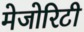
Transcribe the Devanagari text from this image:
मेजोरिटी